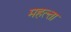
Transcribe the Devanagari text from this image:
महत्त्ता